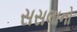
સસલાનો